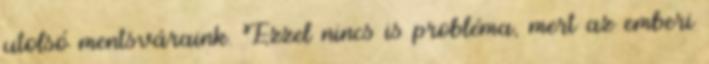
utolsó mentsváraink. Ezzel nincs is probléma, mert az emberi